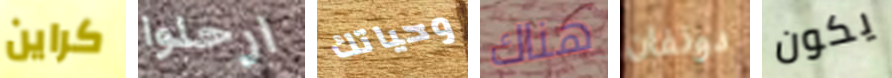
كراين ارحلوا وحياتك هناك دونفان يكون